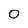
Character: 0